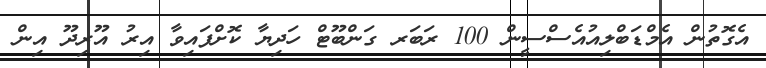
އެގޮތުން އެމްޑަބްލިއުއެސްސީން 100 ރަބަރ ގަންބޫޓް ހަދިޔާ ކޮށްފައިވާ އިރު އޫރިދޫ އިން